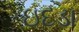
ઇદડા